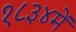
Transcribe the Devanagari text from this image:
१८३४में